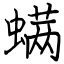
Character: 螨